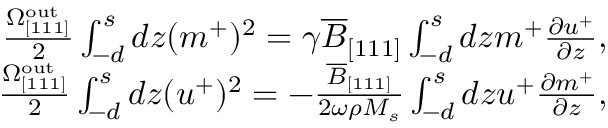
\begin{array} { r } { \frac { \Omega _ { \mathrm { [ 1 1 1 ] } } ^ { \mathrm { o u t } } } { 2 } \int _ { - d } ^ { s } d z ( m ^ { + } ) ^ { 2 } = \gamma \overline { { B } } _ { [ 1 1 1 ] } \int _ { - d } ^ { s } d z m ^ { + } \frac { \partial u ^ { + } } { \partial z } , } \\ { \frac { \Omega _ { \mathrm { [ 1 1 1 ] } } ^ { \mathrm { o u t } } } { 2 } \int _ { - d } ^ { s } d z ( u ^ { + } ) ^ { 2 } = - \frac { \overline { { B } } _ { [ 1 1 1 ] } } { 2 \omega \rho M _ { s } } \int _ { - d } ^ { s } d z u ^ { + } \frac { \partial m ^ { + } } { \partial z } , } \end{array}